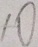
1 0